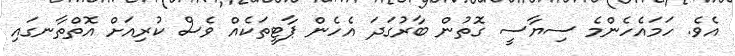
އެވެ. ހަމައެހެންމެ ސިޔާސީ ގޮތުން ބާރުގަދަ އެހެން ޕާޓީތަކެއް ވެސް ކުރިއަށް އޮތްތާނގައި